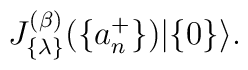
J_{\{ \lambda \}}^{(\beta)}(\{ a_n^{+} \}) |\{ 0 \} \rangle.